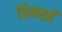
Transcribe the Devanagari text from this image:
ग्रिमशॉ